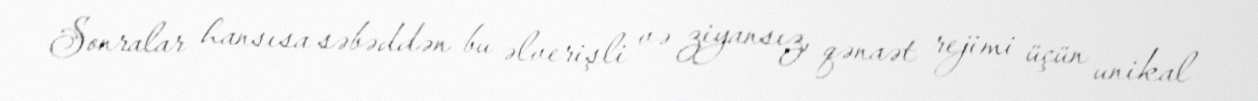
Sonralar hansısa səbəddən bu əlverişli və ziyansız, qənaət rejimi üçün unikal